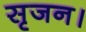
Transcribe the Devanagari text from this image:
सृजन।